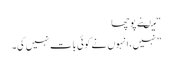
“ میںنے پوچھا
” نہیں، انہوں نے کوئی بات نہیں کی۔